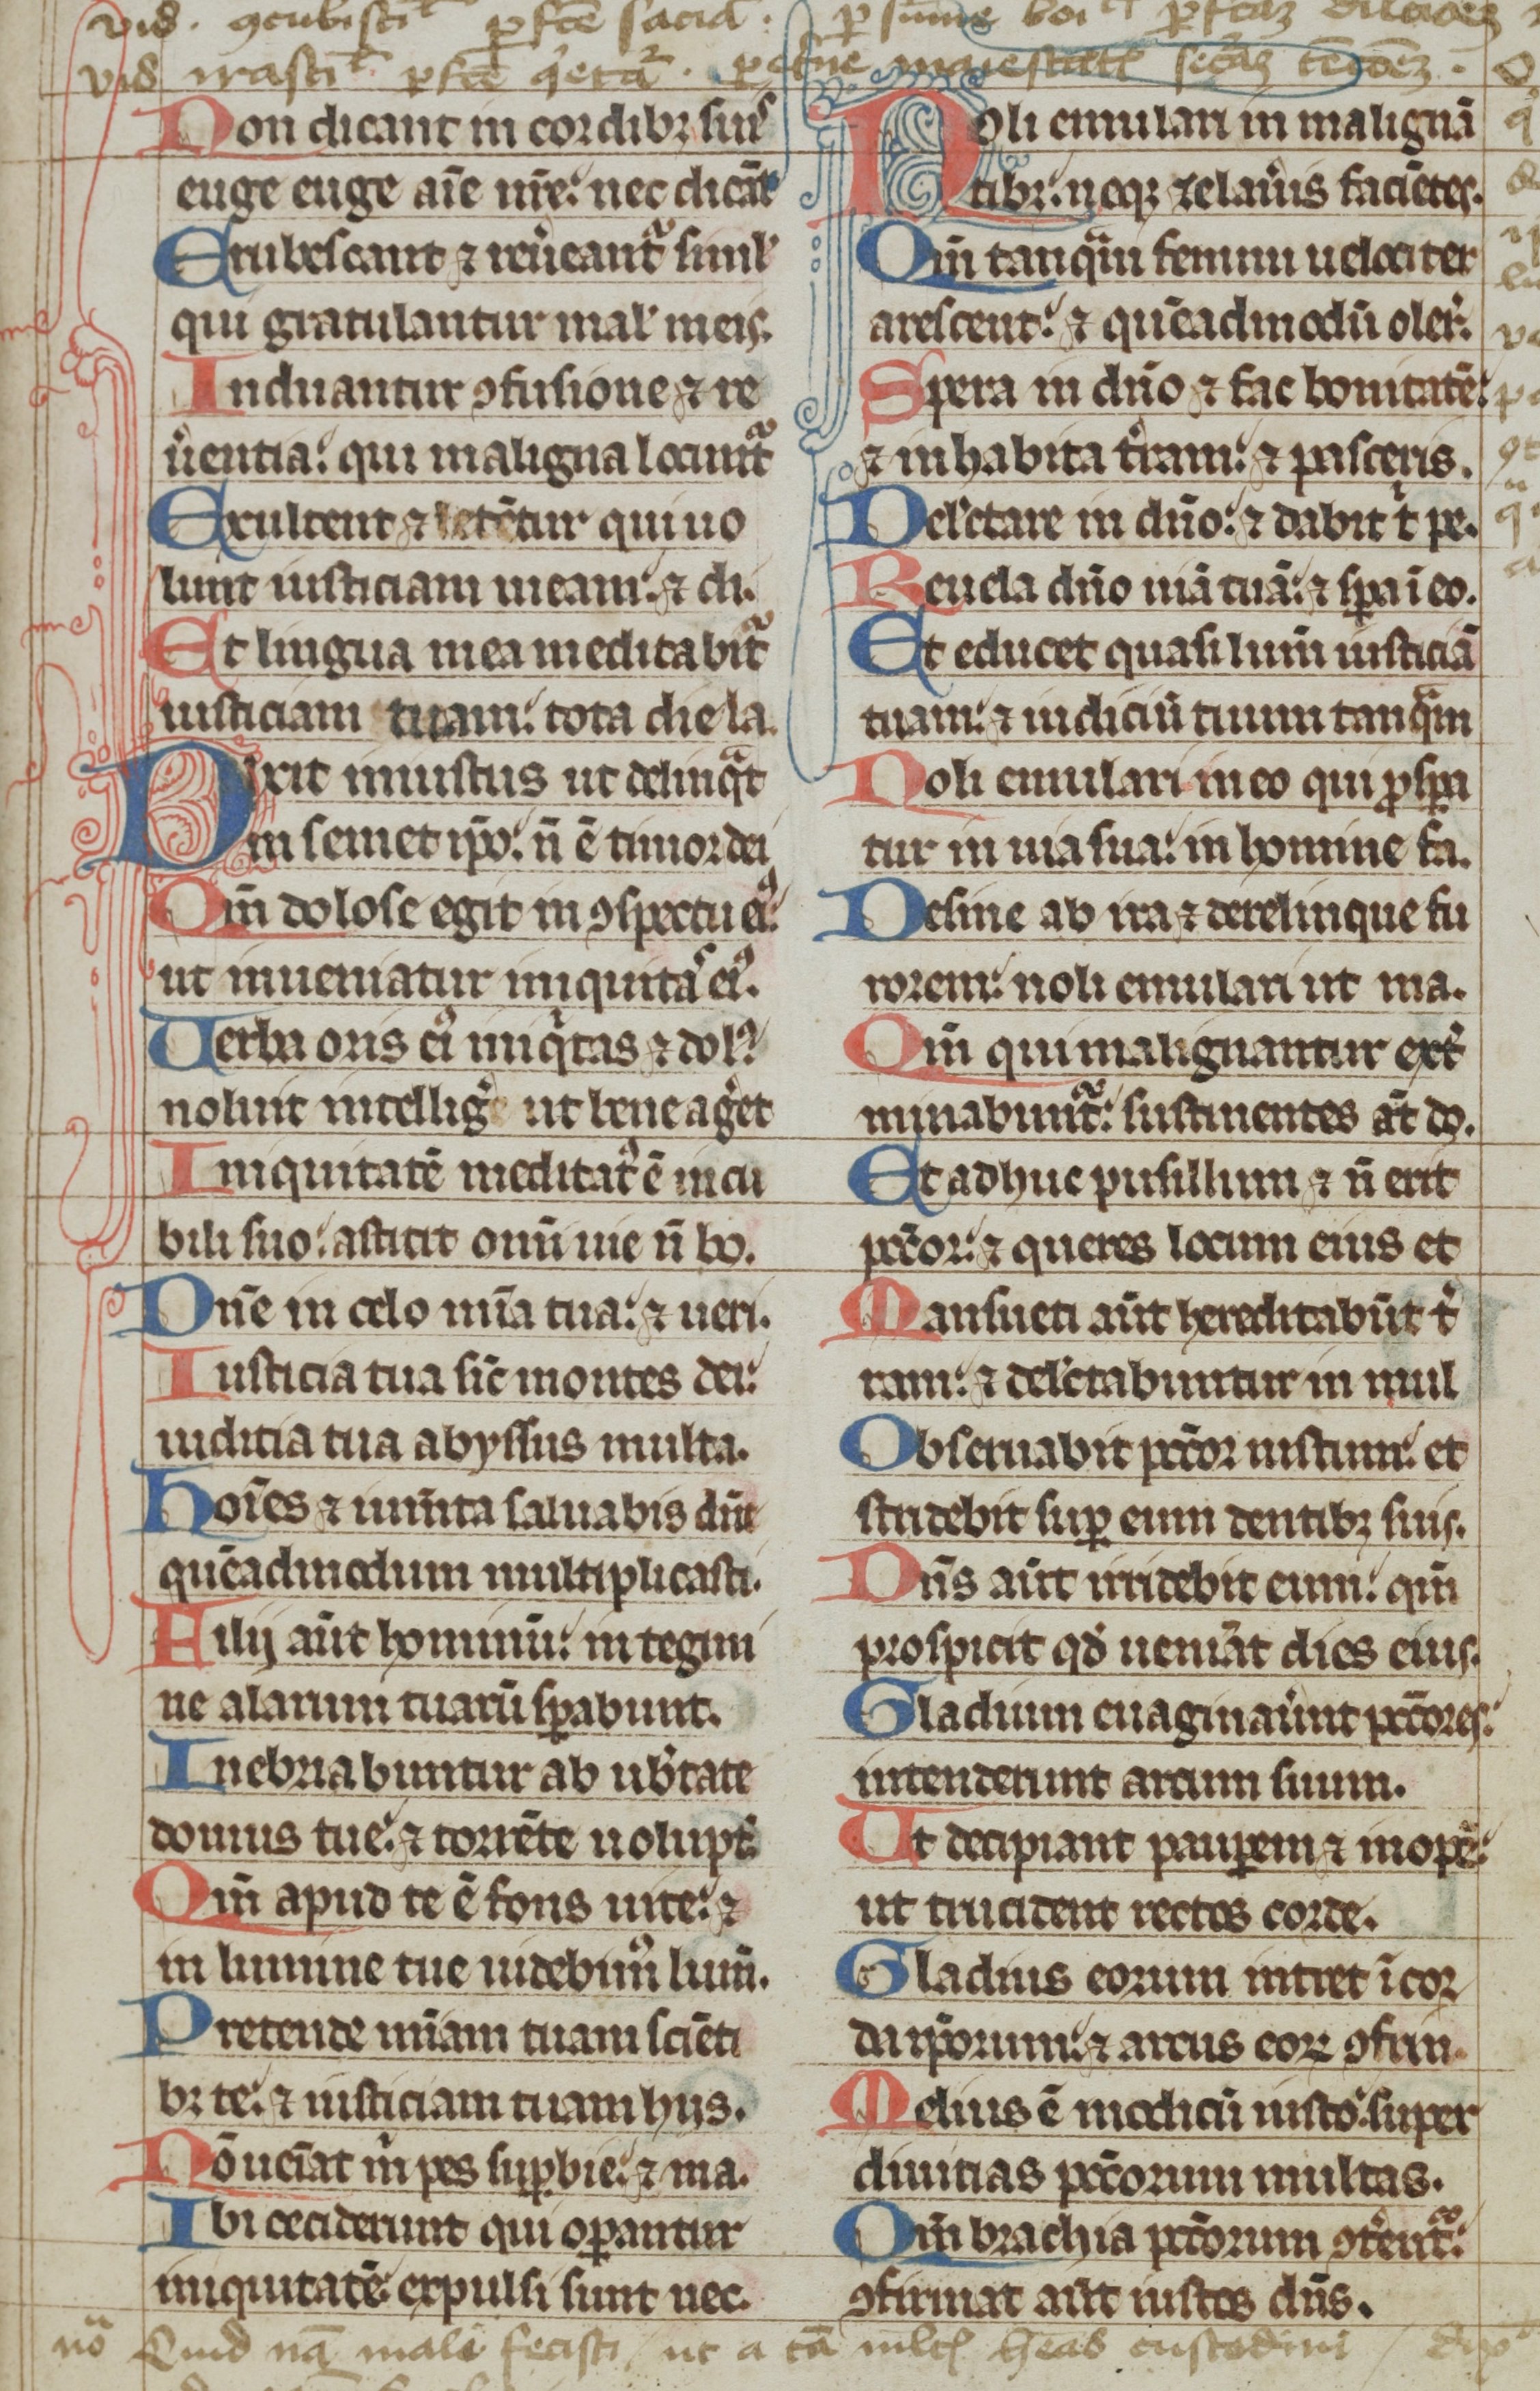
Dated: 1300–1399